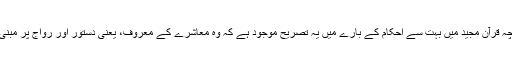
چنانچہ قرآن مجید میں بہت سے احکام کے بارے میں یہ تصریح موجود ہے کہ وہ معاشرے کے معروف، یعنی دستور اور رواج پر مبنی ہیں۔